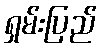
ရှမ်းပြည်